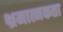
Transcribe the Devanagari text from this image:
भ्रमात्मकता